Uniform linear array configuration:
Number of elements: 12
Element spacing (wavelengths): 0.25
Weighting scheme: cosine
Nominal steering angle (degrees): -45
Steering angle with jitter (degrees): -43.367
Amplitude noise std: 0.05
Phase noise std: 0.05

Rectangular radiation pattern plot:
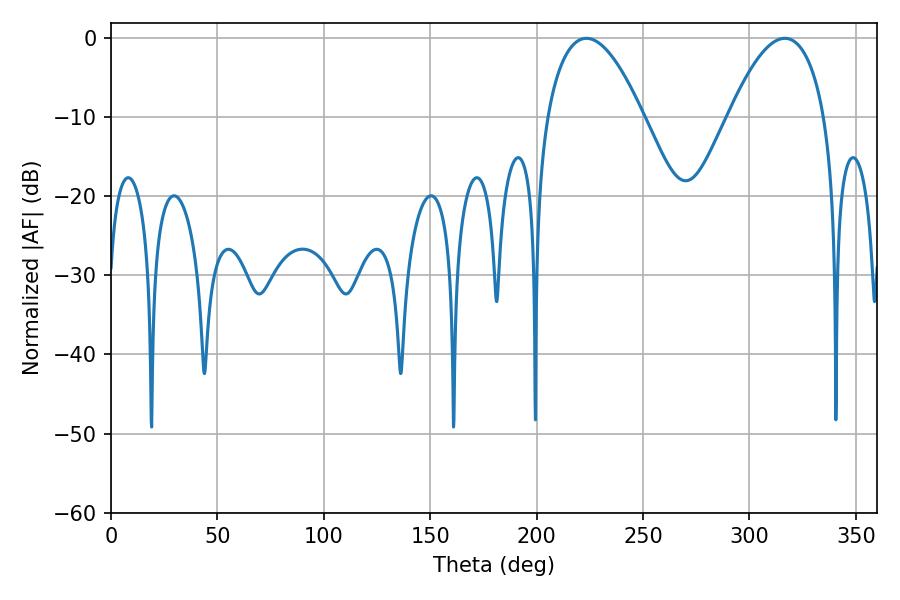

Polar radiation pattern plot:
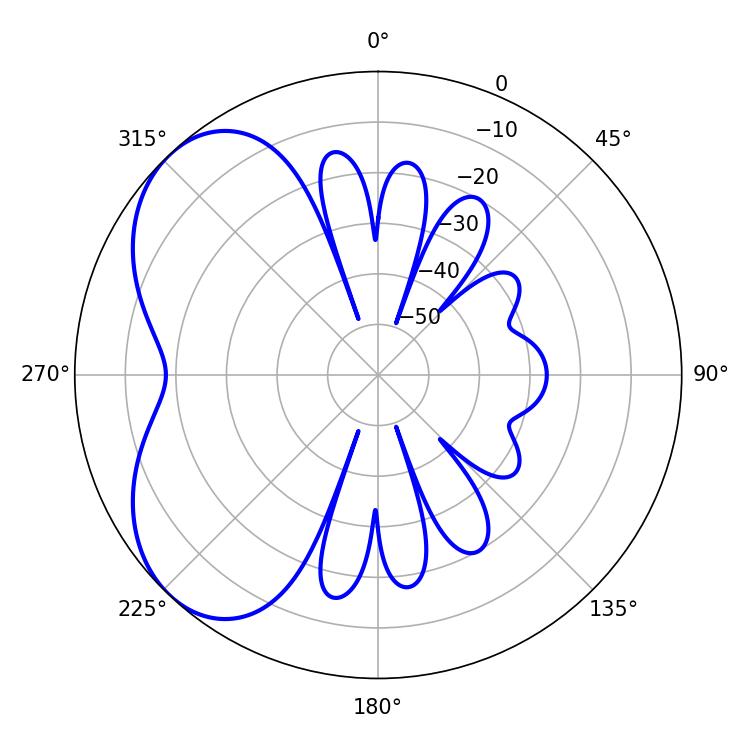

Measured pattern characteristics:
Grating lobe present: FALSE
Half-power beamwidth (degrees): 25.02
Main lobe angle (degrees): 223.38